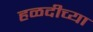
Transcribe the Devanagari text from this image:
हळदीच्या